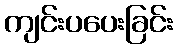
ကျင်းပပေးခြင်း